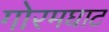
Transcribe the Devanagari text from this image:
गोरमघाट